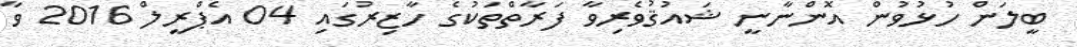
ބީލަން ހުޅުވުން އޮންނާނީ ޝައުޤުވެރިވާ ފަރާތްތަކުގެ ހާޒިރުގައި 04 އެޕްރީލް 2016 ވާ